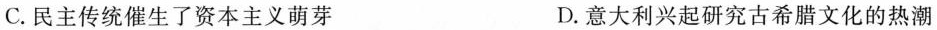
C.民主传统催生了资本主义萌芽 D.意大利兴起研究古希腊文化的热潮